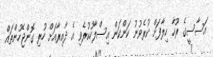
އަސާސީގެ ރޫހާ ހިލާފަށް ކުރެވުނު ކަންކަން އިސްލާހުކުރެވި އެ ދާއިރާއަށް ހުރި ގޮންޖެހުންތައް